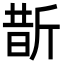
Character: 斮